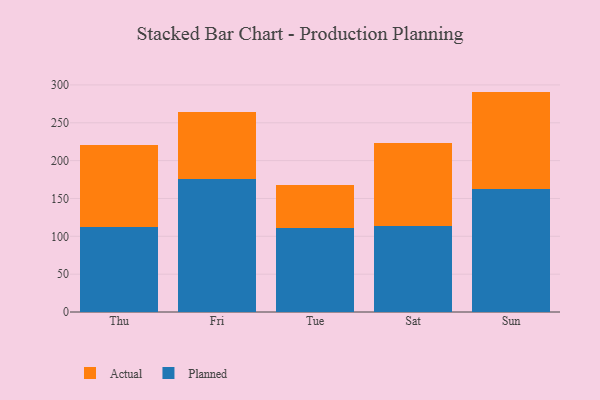
{"axis": {"x": "Day", "y": "Satisfaction Score"}, "legend": ["Actual", "Planned"], "data": [{"x": "Thu", "y": 112.8, "type": "Planned"}, {"x": "Thu", "y": 107.3, "type": "Actual"}, {"x": "Fri", "y": 175.9, "type": "Planned"}, {"x": "Fri", "y": 88.7, "type": "Actual"}, {"x": "Tue", "y": 110.5, "type": "Planned"}, {"x": "Tue", "y": 57.3, "type": "Actual"}, {"x": "Sat", "y": 113.1, "type": "Planned"}, {"x": "Sat", "y": 110.6, "type": "Actual"}, {"x": "Sun", "y": 162.6, "type": "Planned"}, {"x": "Sun", "y": 128.6, "type": "Actual"}]}